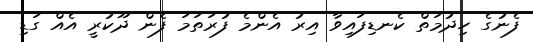
ފެނުގެ ހިދުމަތް ކެނޑިފައިވާ އިރު އެންމެ ފުރަތަމަ ފެން ދޫކުރީ އެއް ގަޑި